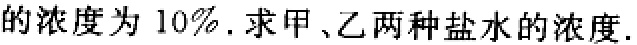
的浓度为 \(10\%\). 求甲、乙两种盐水的浓度.